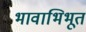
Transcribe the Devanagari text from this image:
भावाभिभूत